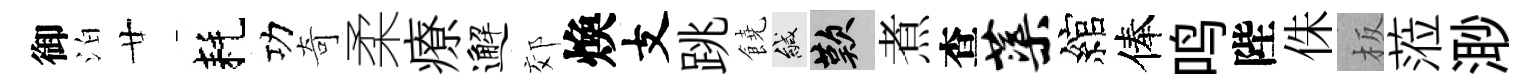
御泊廿耗功奇柔療邂郊煥支跳饒緘嘆煮查蕖綰俸鸣陛侏板蒞𣺌